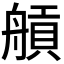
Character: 𦩼